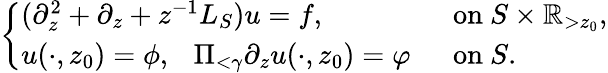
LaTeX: \begin{array}{r}{\left\{ \begin{array}{ll}{(\partial_{z}^{2}+\partial_{z}+z^{-1}L_{S})u=f,\ }&{\ \mathrm{~on~}S\times\mathbb{R}_{>z_{0}},}\\ {u(\cdot,z_{0})=\phi,\ \ \ \Pi_{<\gamma}\partial_{z}u(\cdot,z_{0})=\varphi}&{\ \mathrm{~on~}S.}\end{array}\right.}\end{array}